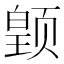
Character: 𱂳